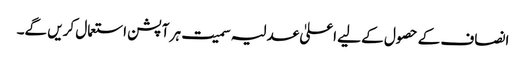
انصاف کے حصول کے لیے اعلیٰ عدلیہ سمیت ہر آپشن استعمال کریں گے۔